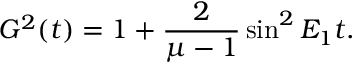
G ^ { 2 } ( t ) = 1 + \frac { 2 } { \mu - 1 } \sin ^ { 2 } E _ { 1 } t .